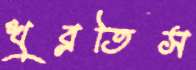
খুব্‌লতিস